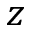
z